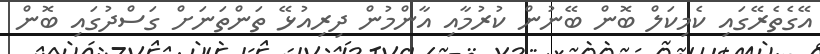
އޭގެތެރޭގައި ކެމިކަލް ބޮން ބޭނުން ކުރުމާއި އާންމުން ދިރިއުޅޭ ތަންތަނަށް ގަސްދުގައި ބޮން